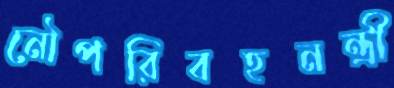
নৌপরিবহনন্ত্রী